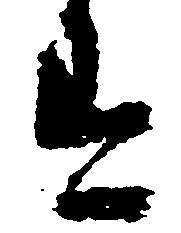
す